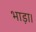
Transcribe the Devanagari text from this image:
भाड़ा।